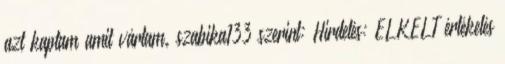
azt kaptam amit vártam. szabika133 szerint: Hirdetés: ELKELT értékelés